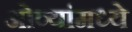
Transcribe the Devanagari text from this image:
ओव्यांमध्ये